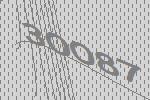
30087